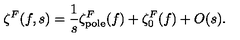
\zeta ^ { F } ( f , s ) = \frac 1 s \zeta _ { \mathrm { \scriptsize p o l e } } ^ { F } ( f ) + \zeta _ { 0 } ^ { F } ( f ) + O ( s ) .